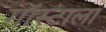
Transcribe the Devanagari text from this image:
गॉस्टाला